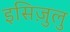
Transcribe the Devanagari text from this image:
इसिज़ुलु